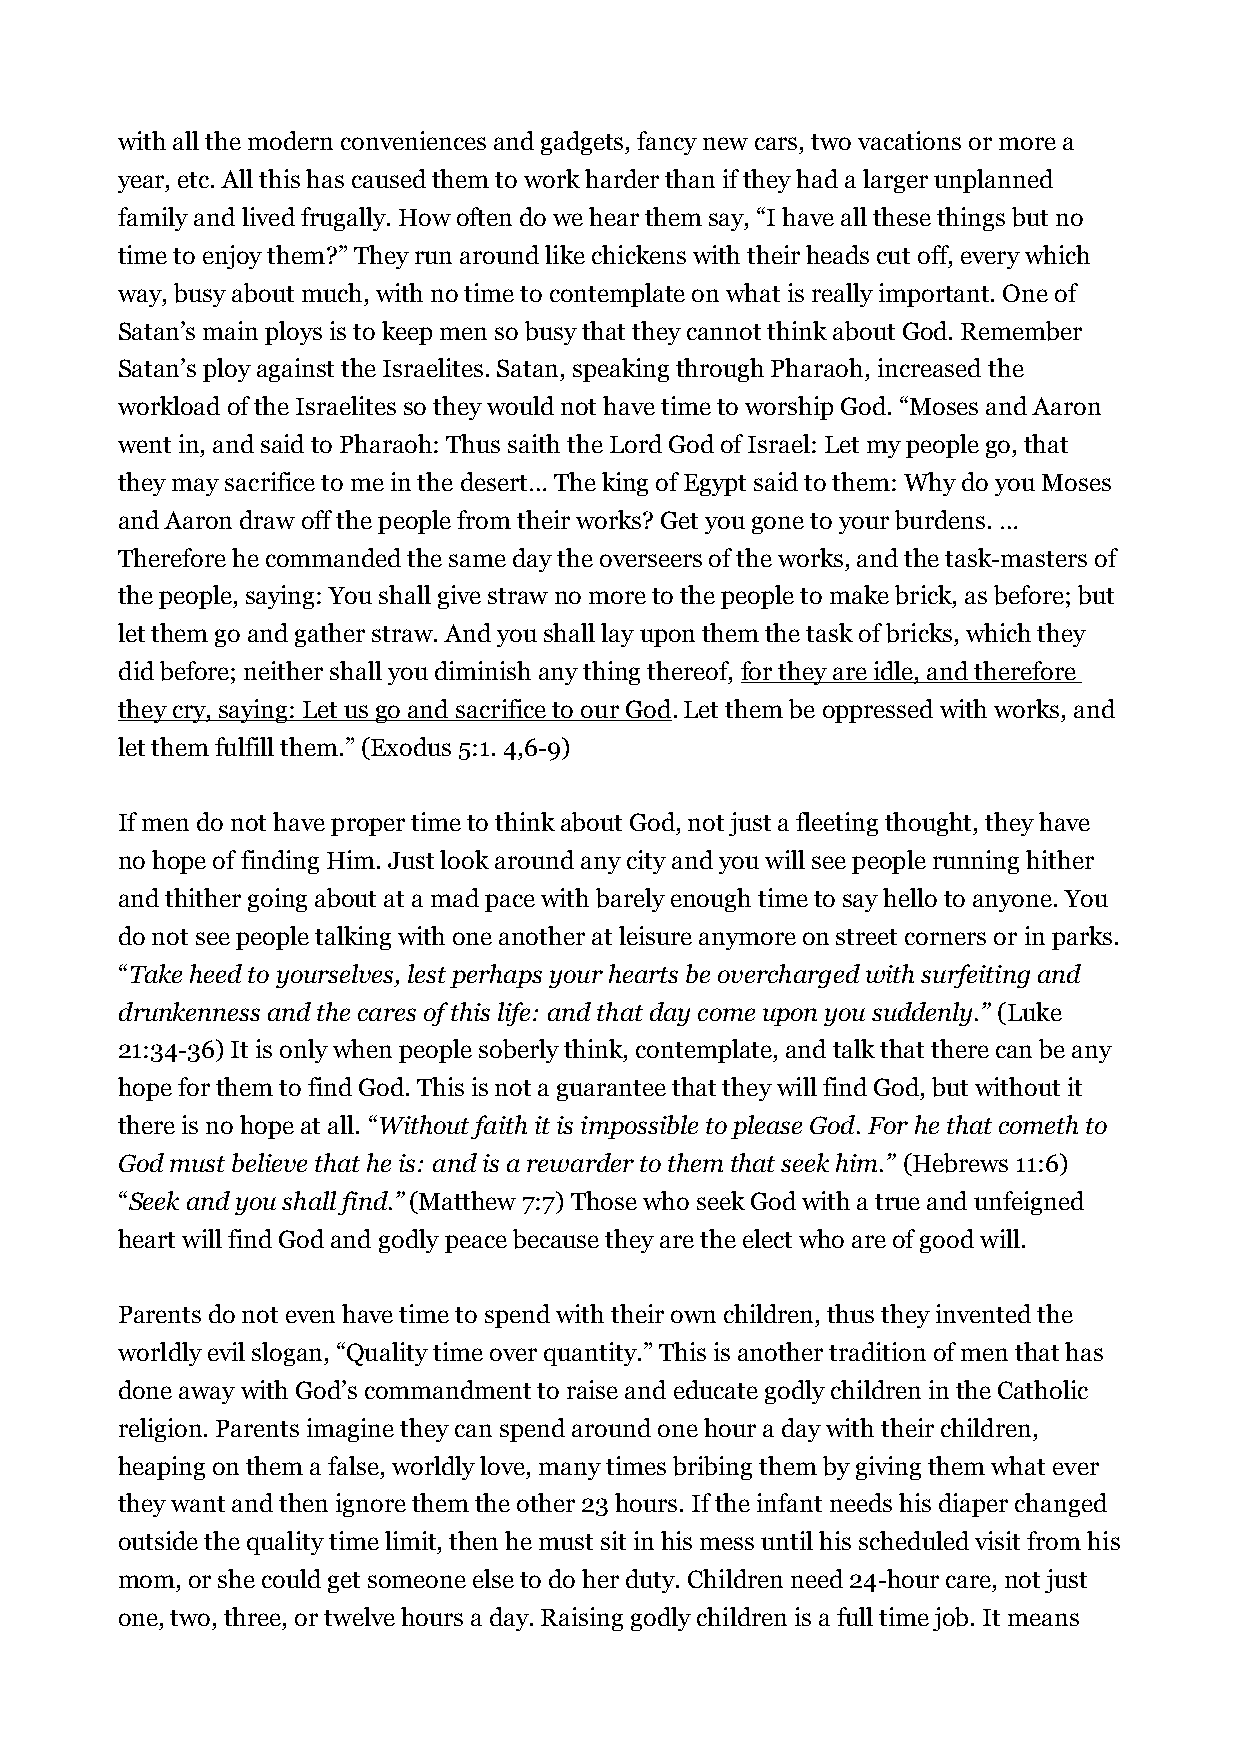
with all the modern conveniences and gadgets, fancy new cars, two vacations or more a
 year, etc. All this has caused them to work harder than if they had a larger unplanned
 family and lived frugally. How often do we hear them say, “I have all these things but no
 time to enjoy them?” They run around like chickens with their heads cut off, every which
 way, busy about much, with no time to contemplate on what is really important. One of
 Satan’s main ploys is to keep men so busy that they cannot think about God. Remember
 Satan’s ploy against the Israelites. Satan, speaking through Pharaoh, increased the
 workload of the Israelites so they would not have time to worship God. “Moses and Aaron
 went in, and said to Pharaoh: Thus saith the Lord God of Israel: Let my people go, that
 they may sacrifice to me in the desert… The king of Egypt said to them: Why do you Moses
 and Aaron draw off the people from their works? Get you gone to your burdens. …
 Therefore he commanded the same day the overseers of the works, and the task-masters of
 the people, saying: You shall give straw no more to the people to make brick, as before; but
 let them go and gather straw. And you shall lay upon them the task of bricks, which they
 did before; neither shall you diminish any thing thereof, for they are idle, and therefore
 they cry, saying: Let us go and sacrifice to our God. Let them be oppressed with works, and
 let them fulfill them.” (Exodus 5:1. 4,6-9)
 If men do not have proper time to think about God, not just a fleeting thought, they have
 no hope of finding Him. Just look around any city and you will see people running hither
 and thither going about at a mad pace with barely enough time to say hello to anyone. You
 do not see people talking with one another at leisure anymore on street corners or in parks.
 “Take heed to yourselves, lest perhaps your hearts be overcharged with surfeiting and
 drunkenness and the cares of this life: and that day come upon you suddenly.” (Luke
 21:34-36) It is only when people soberly think, contemplate, and talk that there can be any
 hope for them to find God. This is not a guarantee that they will find God, but without it
 there is no hope at all. “Without faith it is impossible to please God. For he that cometh to
 God must believe that he is: and is a rewarder to them that seek him.” (Hebrews 11:6)
 “Seek and you shall find.” (Matthew 7:7) Those who seek God with a true and unfeigned
 heart will find God and godly peace because they are the elect who are of good will.
 Parents do not even have time to spend with their own children, thus they invented the
 worldly evil slogan, “Quality time over quantity.” This is another tradition of men that has
 done away with God’s commandment to raise and educate godly children in the Catholic
 religion. Parents imagine they can spend around one hour a day with their children,
 heaping on them a false, worldly love, many times bribing them by giving them what ever
 they want and then ignore them the other 23 hours. If the infant needs his diaper changed
 outside the quality time limit, then he must sit in his mess until his scheduled visit from his
 mom, or she could get someone else to do her duty. Children need 24-hour care, not just
 one, two, three, or twelve hours a day. Raising godly children is a full time job. It means